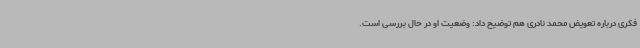
فکری درباره تعویض محمد نادری هم توضیح داد: وضعیت او در حال بررسی است.